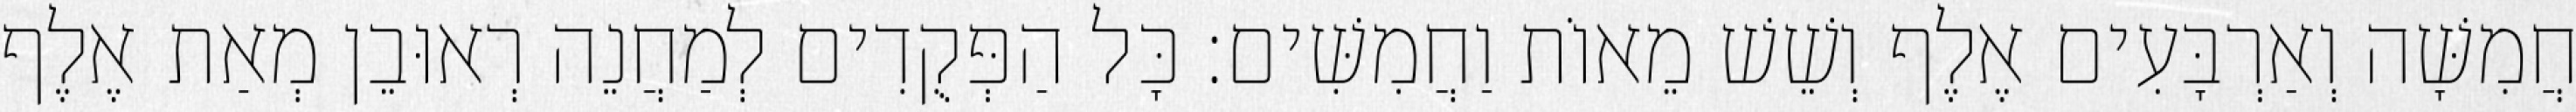
חֲמִשָּׁה וְאַרְבָּעִים אֶלֶף וְשֵׁשׁ מֵאוֹת וַחֲמִשִּׁים׃ כָּל הַפְּקֻדִים לְמַחֲנֵה רְאוּבֵן מְאַת אֶלֶף